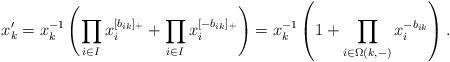
LaTeX: \begin{align*} x_k' = x_k^{-1}\left( \prod_{i\in I} x_i^{[b_{ik}]_+} + \prod_{i\in I} x_i^{[-b_{ik}]_+}\right) = x_k^{-1}\left(1 + \prod_{i\in \Omega(k,-)} x_i^{-b_{ik}} \right).\end{align*}